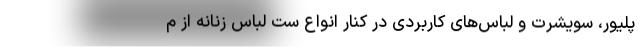
پلیور، سویشرت و لباس‌های کاربردی در کنار انواع ست لباس زنانه از م